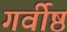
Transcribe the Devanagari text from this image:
गर्वीष्ठ